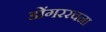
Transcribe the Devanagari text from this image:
डोंगररचना